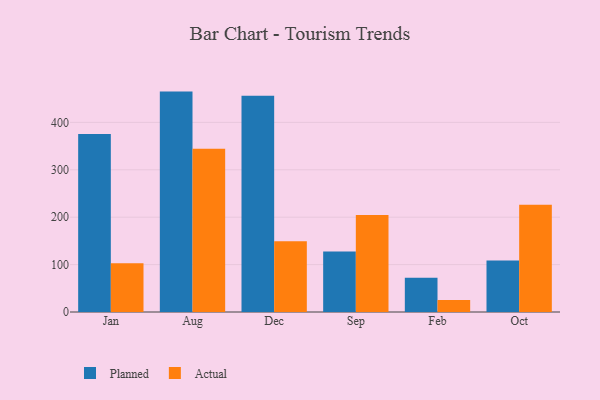
{"axis": {"x": "Month", "y": "Gross Profit (USD K)"}, "legend": ["Actual", "Planned"], "data": [{"x": "Jan", "y": 375.8, "type": "Planned"}, {"x": "Jan", "y": 102.8, "type": "Actual"}, {"x": "Aug", "y": 465.0, "type": "Planned"}, {"x": "Aug", "y": 344.4, "type": "Actual"}, {"x": "Dec", "y": 456.3, "type": "Planned"}, {"x": "Dec", "y": 149.3, "type": "Actual"}, {"x": "Sep", "y": 127.4, "type": "Planned"}, {"x": "Sep", "y": 204.7, "type": "Actual"}, {"x": "Feb", "y": 72.3, "type": "Planned"}, {"x": "Feb", "y": 25.3, "type": "Actual"}, {"x": "Oct", "y": 108.9, "type": "Planned"}, {"x": "Oct", "y": 226.4, "type": "Actual"}]}